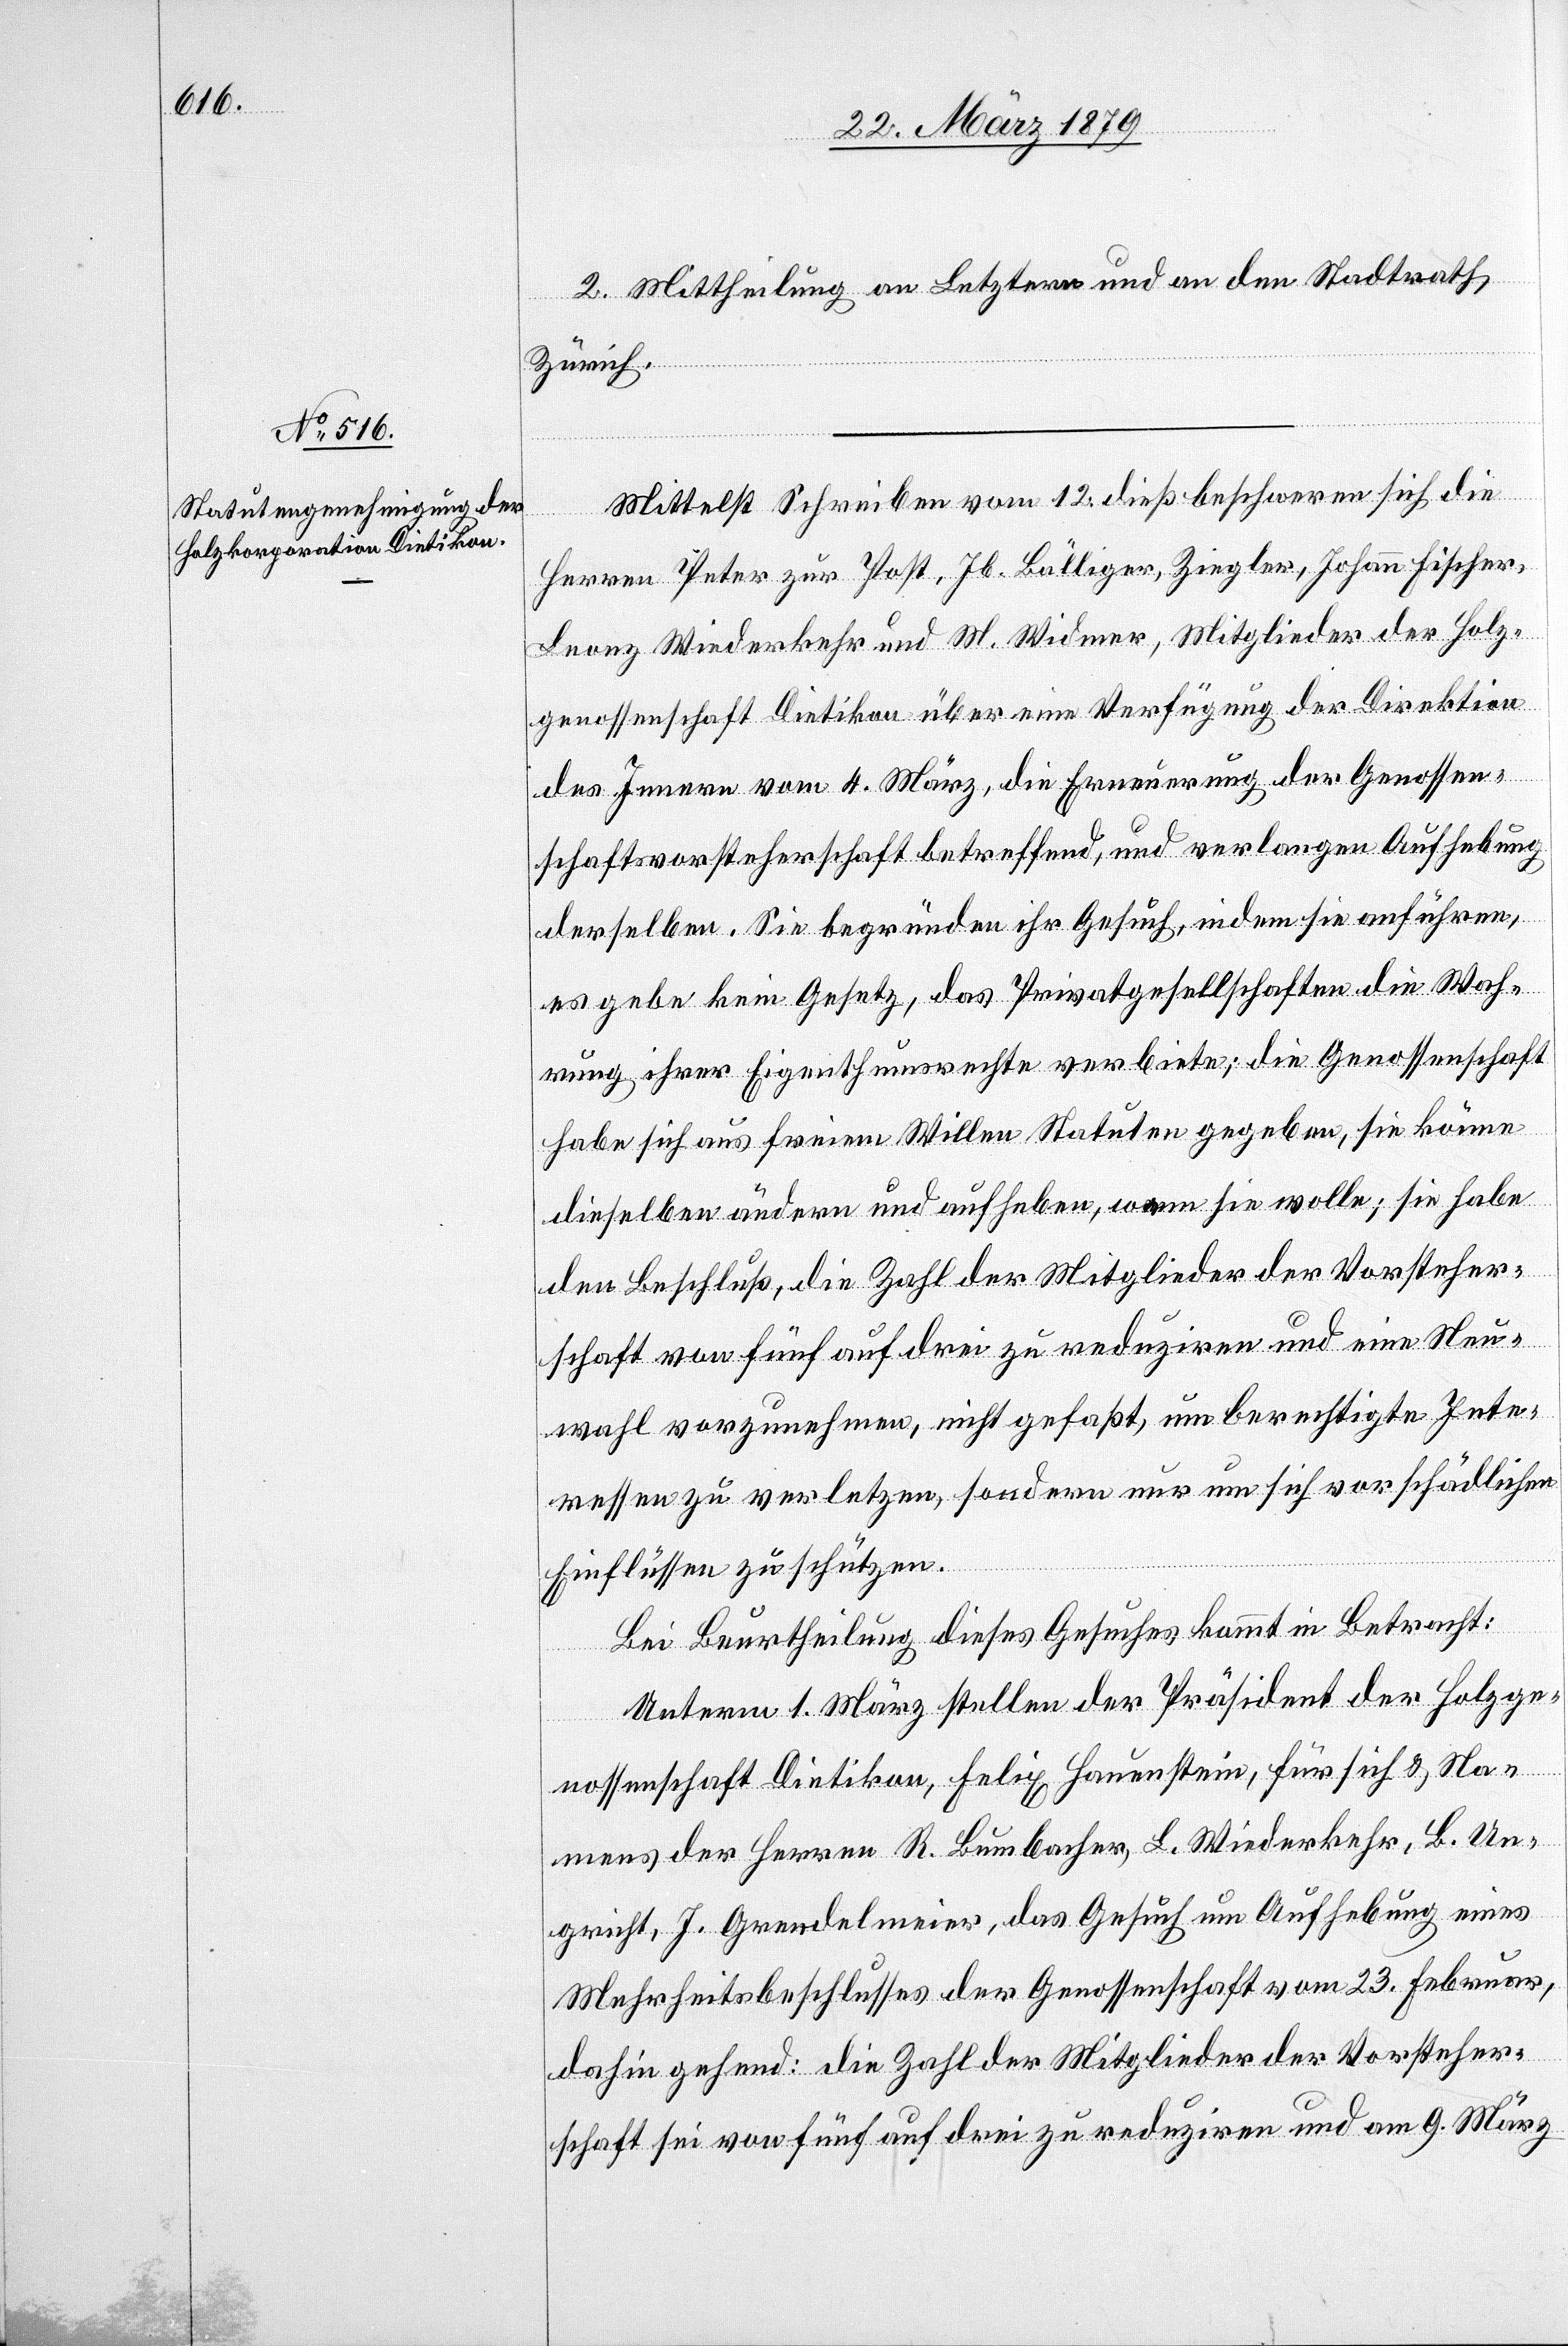
2. Mittheilung an Letztern und an den Stadtrath
Zürich.
Mittelst Schreiben vom 12. dieß beschweren sich die
Herren Peter zur Post, Jb. Bälliger, Ziegler, Johann Fischer,
Leonz Wiederkehr und M. Widmer, Mitglieder der Holz¬
genossenschaft Dietikon über eine Verfügung der Direktion
des Innern vom 4. März, die Erneuerung der Genossen¬
schaftsvorsteherschaft betreffend, und verlangen Aufhebung
derselben. Sie begründen ihr Gesuch, indem sie anführen,
es gebe kein Gesetz, das Privatgesellschaften die Wah¬
rung ihrer Eigenthumsrechte verbiete; die Genossenschaft
habe sich aus freiem Willen Statuten gegeben, sie könne
dieselben ändern und aufheben, w[?a]nn sie wolle; sie habe
den Beschluß, die Zahl der Mitglieder der Vorsteher¬
schaft von fünf auf drei zu reduziren und eine Neu¬
wahl vorzunehmen, nicht gefaßt, um berechtigte Inte¬
ressen zu verletzen, sondern nur um sich vor schädlichen
Einflüssen zu schützen.
Bei Beurtheilung dieses Gesuches kommt in Betracht:
Unterm 1. März stellen der Präsident der Holzge¬
nossenschaft Dietikon, Felix Hauenstein, für sich & Na¬
mens der Herren R. Bumbacher, L. Wiederkehr, B. Un¬
gricht, J. Grendelmeier, das Gesuch um Aufhebung eines
Mehrheitsbeschlusses der Genossenschaft vom 23. Februar,
dahingehend: Die Zahl der Mitglieder der Vorsteher¬
schaft sei von fünf auf drei zu reduziren und am 9. März